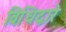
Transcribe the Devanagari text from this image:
विधिद्वारे